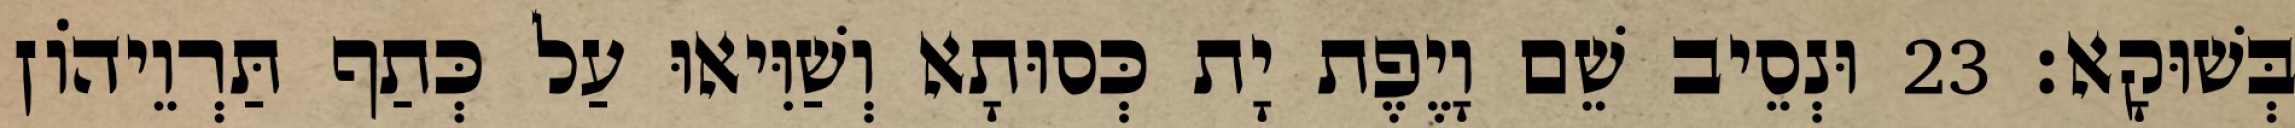
בְּשׁוּקָא׃ 23 וּנְסֵיב שֵׁם וָיֶפֶת יָת כְּסוּתָא וְשַׁוִּיאוּ עַל כְּתַף תַּרְוֵיהוֹן